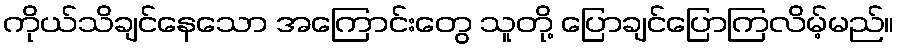
ကိုယ်သိချင်နေသော အကြောင်းတွေ သူတို့ ပြောချင်ပြောကြလိမ့်မည်။